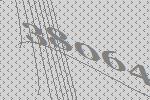
38064